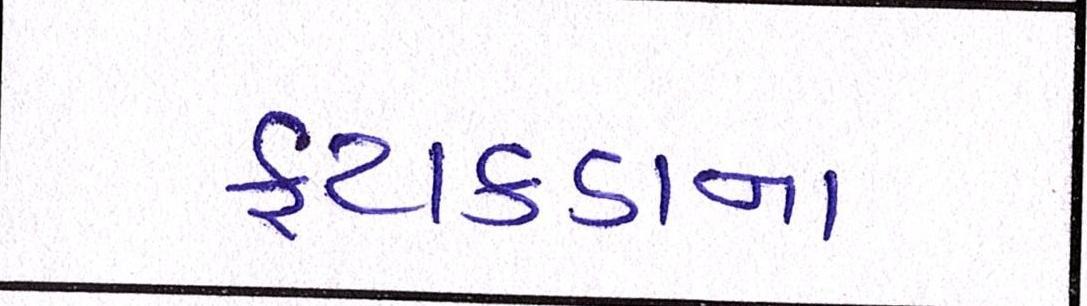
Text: ફટાકડાના